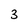
Character: 3